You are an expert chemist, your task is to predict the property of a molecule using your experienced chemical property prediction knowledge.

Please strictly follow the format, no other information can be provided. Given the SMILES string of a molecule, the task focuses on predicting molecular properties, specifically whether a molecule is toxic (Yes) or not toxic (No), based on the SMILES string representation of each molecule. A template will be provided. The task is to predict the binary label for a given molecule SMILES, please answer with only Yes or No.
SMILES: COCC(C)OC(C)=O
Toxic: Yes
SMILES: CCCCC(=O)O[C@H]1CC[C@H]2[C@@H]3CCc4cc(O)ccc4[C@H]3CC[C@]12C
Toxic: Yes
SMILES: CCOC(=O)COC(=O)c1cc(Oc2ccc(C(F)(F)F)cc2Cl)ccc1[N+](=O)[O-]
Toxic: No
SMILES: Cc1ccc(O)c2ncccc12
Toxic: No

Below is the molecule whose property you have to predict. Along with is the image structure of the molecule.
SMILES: c1ccc2sc(SN(C3CCCCC3)C3CCCCC3)nc2c1
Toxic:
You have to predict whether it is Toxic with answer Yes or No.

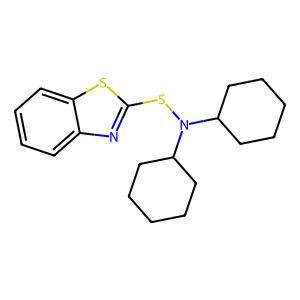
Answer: No